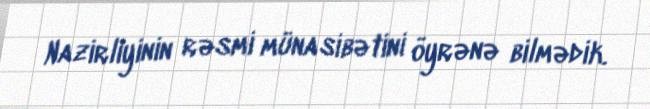
Nazirliyinin rəsmi münasibətini öyrənə bilmədik.